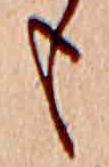
も